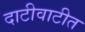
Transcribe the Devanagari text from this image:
दाटीवाटीत